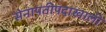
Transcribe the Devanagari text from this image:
सेनापतीपदाखाली